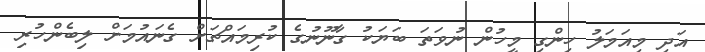
އަދި މިއަމަލު ހިންގި މީހުން ނުވަތަ ބަޔަކު ގާނޫނުގެ ކުރިމައްޗަށް ގެނައުމަށް ލިބެންހުރި